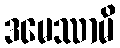
ဒမေဿာမိ